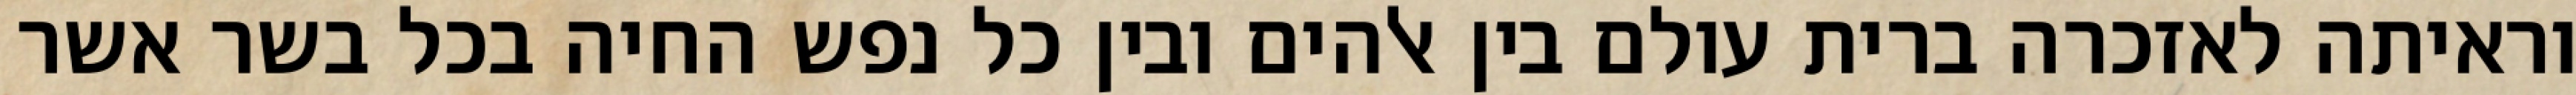
וראיתה לאזכרה ברית עולם בין אלהים ובין כל נפש החיה בכל בשר אשר